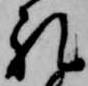
礼